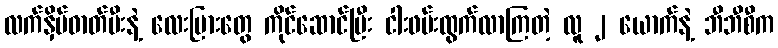
လက်နှိပ်ဓာတ်မီးနဲ့ လေးမြားတွေ ကိုင်ဆောင်ပြီး ငါးဖမ်းထွက်လာကြတဲ့ လူ ၂ ယောက်နဲ့ ဘီဘီစီက